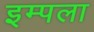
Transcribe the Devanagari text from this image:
इम्पला